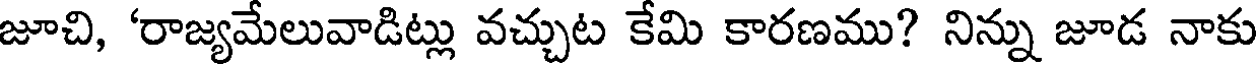
జూచి, 'రాజ్యమేలువాడిట్లు వచ్చుట కేమి కారణము? నిన్ను జూడ నాకు